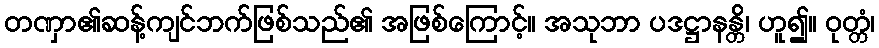
တဏှာ၏ဆန့်ကျင်ဘက်ဖြစ်သည်၏ အဖြစ်ကြောင့်။ အသုဘာ ပဒဋ္ဌာနန္တိ၊ ဟူ၍။ ဝုတ္တံ၊